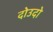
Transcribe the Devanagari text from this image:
दोउदो